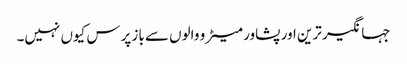
جہانگیر ترین اور پشاور میٹرو والوں سے باز پرس کیوں نہیں۔